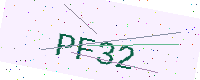
Text: PF32